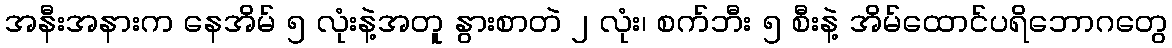
အနီးအနားက နေအိမ် ၅ လုံးနဲ့အတူ နွားစာတဲ ၂ လုံး၊ စက်ဘီး ၅ စီးနဲ့ အိမ်ထောင်ပရိဘောဂတွေ